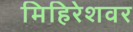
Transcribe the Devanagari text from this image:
मिहिरेशवर